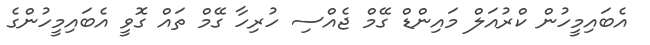
އެބައިމީހުން ކްރުއަލް މައިންޑް ގޭމް ޖެއްސި ހުރިހާ ގޭމް ތައް ގޮވީ އެބައިމީހުންގެ